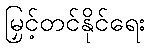
မြှင့်တင်နိုင်ရေး